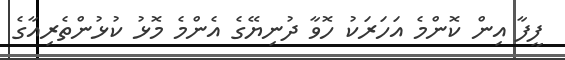
ފީފާ އިން ކޮންމެ އަހަރަކު ހޮވާ ދުނިޔޭގެ އެންމެ މޮޅު ކުޅުންތެރިއާގެ